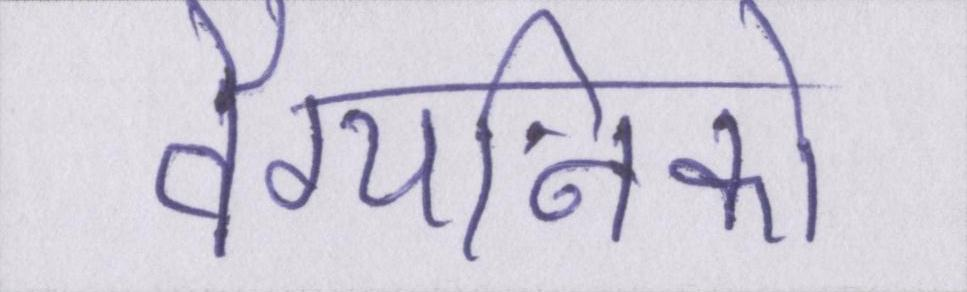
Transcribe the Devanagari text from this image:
वैग्यनिको